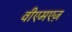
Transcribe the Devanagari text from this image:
वीएमएज़